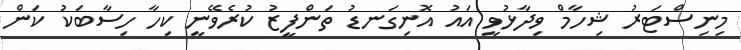
މިނިސްޓަރު ޝިހާމް ވިދާޅުވީ އައު އޮނިގަނޑު ތަންފީޒު ކުރެވޭނީ ކިހާ ހިސާބަކު ކަން